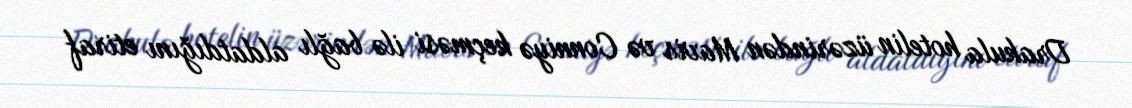
Drakula hotelin üzərindən Mavis və Conniyə keçməsi ilə bağlı aldatdığını etiraf